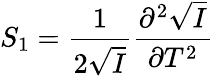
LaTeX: S_{1}=\frac{1}{2\sqrt{I}}\frac{\partial^{2}\sqrt{I}}{\partial T^{2}}